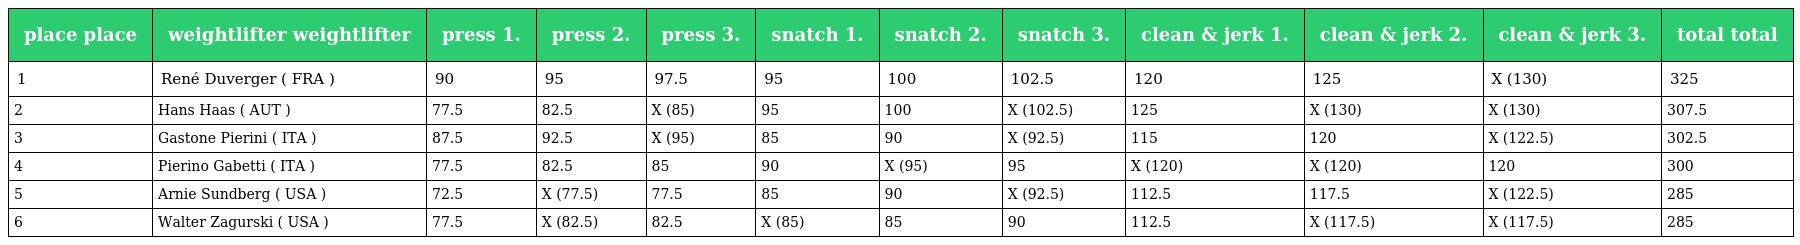
| place place | weightlifter weightlifter | press 1. | press 2. | press 3. | snatch 1. | snatch 2. | snatch 3. | clean & jerk 1. | clean & jerk 2. | clean & jerk 3. | total total |
 | --- | --- | --- | --- | --- | --- | --- | --- | --- | --- | --- | --- |
 | 1 | René Duverger ( FRA ) | 90 | 95 | 97.5 | 95 | 100 | 102.5 | 120 | 125 | X (130) | 325 |
 | 2 | Hans Haas ( AUT ) | 77.5 | 82.5 | X (85) | 95 | 100 | X (102.5) | 125 | X (130) | X (130) | 307.5 |
 | 3 | Gastone Pierini ( ITA ) | 87.5 | 92.5 | X (95) | 85 | 90 | X (92.5) | 115 | 120 | X (122.5) | 302.5 |
 | 4 | Pierino Gabetti ( ITA ) | 77.5 | 82.5 | 85 | 90 | X (95) | 95 | X (120) | X (120) | 120 | 300 |
 | 5 | Arnie Sundberg ( USA ) | 72.5 | X (77.5) | 77.5 | 85 | 90 | X (92.5) | 112.5 | 117.5 | X (122.5) | 285 |
 | 6 | Walter Zagurski ( USA ) | 77.5 | X (82.5) | 82.5 | X (85) | 85 | 90 | 112.5 | X (117.5) | X (117.5) | 285 |